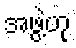
အဖွဲ့ဟု